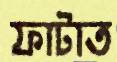
ফাটাত